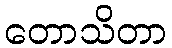
တောသိတာ